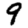
Digit: 9